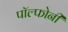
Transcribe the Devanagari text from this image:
पॉल्फोनी